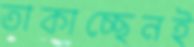
তাকাচ্ছেনই